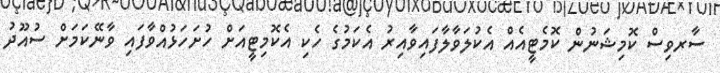
ސާރވިސް ކޮމިޝަނުން ކޮމެޓީއެއް އެކުލަވާލާފައިވާއިރު އެކަމުގެ ހެކި އެކޮމިޓީއަށް ހުށަހަޅުއްވާފައި ވާނޭކަމަށް ސުއޫދު